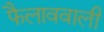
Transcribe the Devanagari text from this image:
फैलाववाली